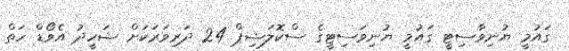
ގައުމީ ޔުނިވާސިޓީ ގައުމީ ޔުނިވަސިޓީގެ ސްކޮލަޝިޕް 24 ދަރިވަރަކަށް ޝަހީދު އެވޯޑް ހަތް